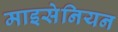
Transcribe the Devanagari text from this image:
माइसेनियन